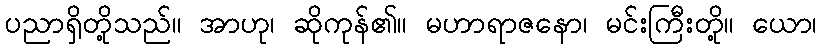
ပညာရှိတို့သည်။ အာဟု၊ ဆိုကုန်၏။ မဟာရာဇနော၊ မင်းကြီးတို့။ ယော၊